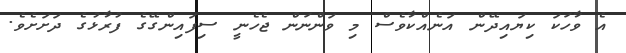
އެ ވާހަކަ ކިޔައިދޭން އަނެއްކާވެސް މި ވަންނަން ޖެހެނީ ސިފައިންގޭގެ ފުރާޅުގެ ދަށަށެވެ.